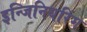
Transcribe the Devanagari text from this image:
इन्जिनियरिंग